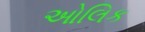
ઓલિક